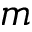
m